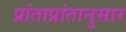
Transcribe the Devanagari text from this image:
प्रांताप्रांतानुसार